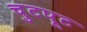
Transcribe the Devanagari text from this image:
चुटपूट